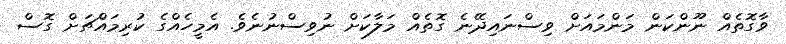
ވާގޮތެއް ނޫންކަން މަންމައަށް ވިސްނައިދޭނެ ގޮތެއް މަލާކަށް ނުވިސްނުނެވެ. އެމީހެއްގެ ކުރިމައްޗަށް ގޮސް